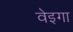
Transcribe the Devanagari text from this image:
वेइगा